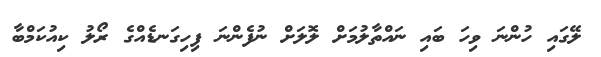
ލޭގައި ހުންނަ ވިހަ ބައި ނައްތާލުމަށް ލޮލަށް ނުފެންނަ ފިހިގަނޑެއްގެ ރޯލު ކިއުކަމްބާ